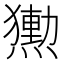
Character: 𭶕